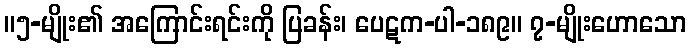
။၅-မျိုး၏ အကြောင်းရင်းကို ပြခန်း၊ ပေဋက-ပါ-၁၈၉။ ၇-မျိုးဟောသော